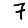
Digit: 7